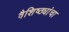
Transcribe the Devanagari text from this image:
वैशिष्ठ्यांचा